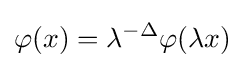
\varphi (x)=\lambda ^{-\Delta }\varphi (\lambda x)